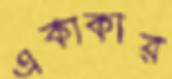
একাকার